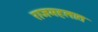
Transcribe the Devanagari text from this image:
राजमहलात